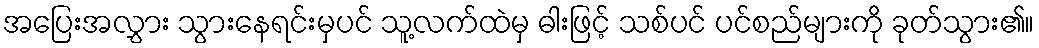
အပြေးအလွှား သွားနေရင်းမှပင် သူ့လက်ထဲမှ ဓါးဖြင့် သစ်ပင် ပင်စည်များကို ခုတ်သွား၏။